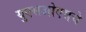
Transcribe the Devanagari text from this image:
युएसओएसचे